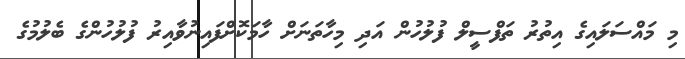
މި މައްސަލައިގެ އިތުރު ތަފްސީލް ފުލުހުން އަދި މިހާތަނަށް ހާމަކޮށްފައިނުވާއިރު ފުލުހުންގެ ބެލުމުގެ